Plague in India, 1896, 1897 - Volume 1
Year: 1896
Disease focus: Plague
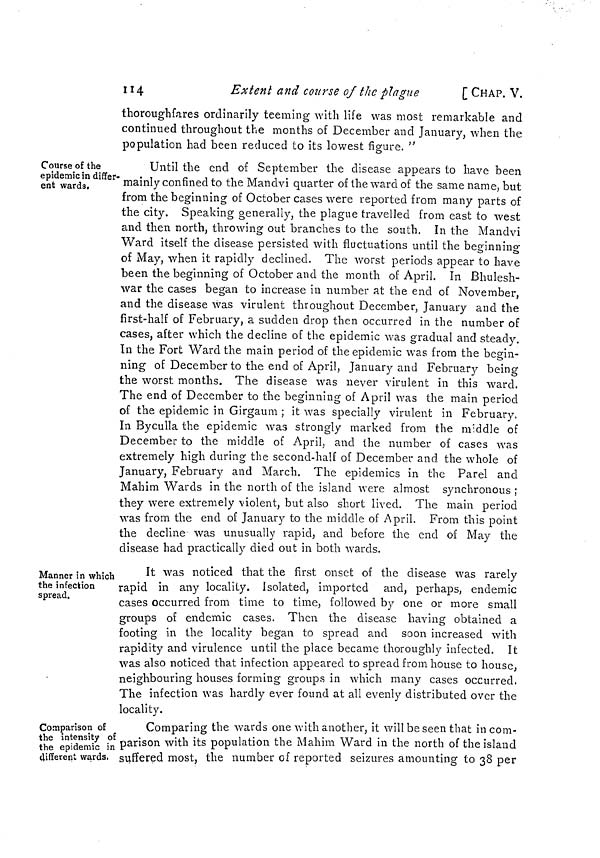
114
Extent and course of the plague
[ CHAP. V.
thoroughfares ordinarily teeming with life was most remarkable and
continued throughout the months of December and January, when the
population had been reduced to its lowest figure. "
Course of the
epidemic in differ-
ent wards.
Until the end of September the disease appears to have been
mainly confined to the Mandvi quarter of the ward of the same name, but
from the beginning of October cases were reported from many parts of
the city. Speaking generally, the plague travelled from east to west
and then north, throwing out branches to the south. In the Mandvi
Ward itself the disease persisted with fluctuations until the beginning
of May, when it rapidly declined. The worst periods appear to have
been the beginning of October and the month of April. In Bhulesh-
war the cases began to increase in number at the end of November,
and the disease was virulent throughout December, January and the
first-half of February, a sudden drop then occurred in the number of
cases, after which the decline of the epidemic was gradual and steady.
In the Fort Ward the main period of the epidemic was from the begin-
ning of December to the end of April, January and February being
the worst months. The disease was never virulent in this ward.
The end of December to the beginning of April was the main period
of the epidemic in Girgaum ; it was specially virulent in February.
In Byculla the epidemic was strongly marked from the middle of
December to the middle of April, and the number of cases was
extremely high during the second-half of December and the whole of
January, February and March. The epidemics in the Parel and
Mahim Wards in the north of the island were almost synchronous ;
they were extremely violent, but also short lived. The main period
was from the end of January to the middle of April. From this point
the decline was unusually rapid, and before the end of May the
disease had practically died out in both wards.
Manner in which
the infection
spread.
It was noticed that the first onset of the disease was rarely
rapid in any locality. Isolated, imported and, perhaps, endemic
cases occurred from time to time, followed by one or more small
groups of endemic cases. Then the disease having obtained a
footing in the locality began to spread and soon increased with
rapidity and virulence until the place became thoroughly infected. It
was also noticed that infection appeared to spread from house to house,
neighbouring houses forming groups in which many cases occurred.
The infection was hardly ever found at all evenly distributed over the
locality.
Comparison of
the intensity of
the epidemic in
different wards.
Comparing the wards one with another, it will be seen that in com-
parison with its population the Mahim Ward in the north of the island
suffered most, the number of reported seizures amounting to 38 per